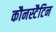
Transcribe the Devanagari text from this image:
कौनस्टैटिन